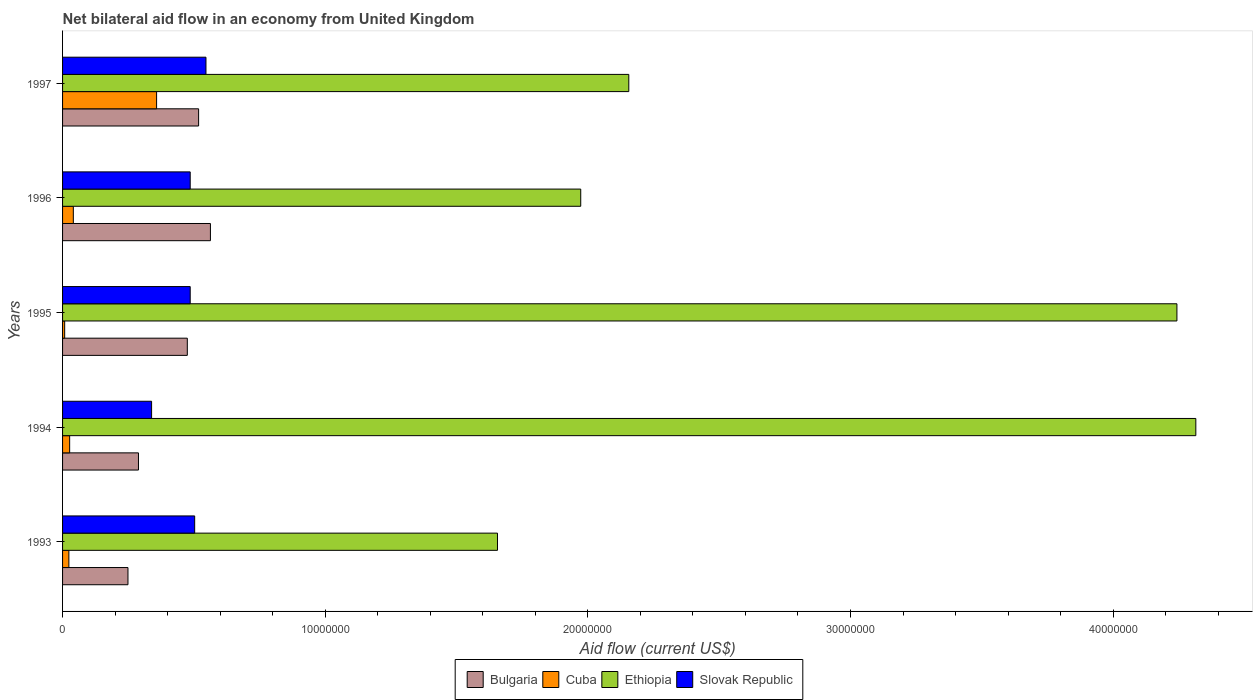
| Years | Bulgaria | Cuba | Ethiopia | Slovak Republic |
 | --- | --- | --- | --- | --- |
 | 1993 | 2.49e+06 | 2.4e+05 | 1.66e+07 | 5.03e+06 |
 | 1994 | 2.89e+06 | 2.7e+05 | 4.32e+07 | 3.39e+06 |
 | 1995 | 4.75e+06 | 8e+04 | 4.24e+07 | 4.86e+06 |
 | 1996 | 5.63e+06 | 4.1e+05 | 1.97e+07 | 4.86e+06 |
 | 1997 | 5.18e+06 | 3.58e+06 | 2.16e+07 | 5.46e+06 |